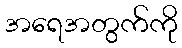
အရေအတွက်ကို